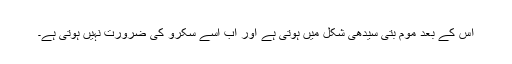
اس کے بعد موم بتی سیدھی شکل میں ہوتی ہے اور اب اسے سکرو کی ضرورت نہیں ہوتی ہے۔